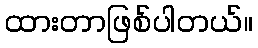
ထားတာဖြစ်ပါတယ်။